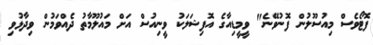
ފޮޓޯވެސް މިއުސޫލުން ފޮނުވޭނެ" ވީމީޑިއާގެ އޮފިޝަލަކު ވީނިއުސް އަށް މައުލޫމާތު ދެއްވަމުން ވިދާޅުވި